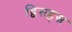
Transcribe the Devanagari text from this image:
द्विसहस्र